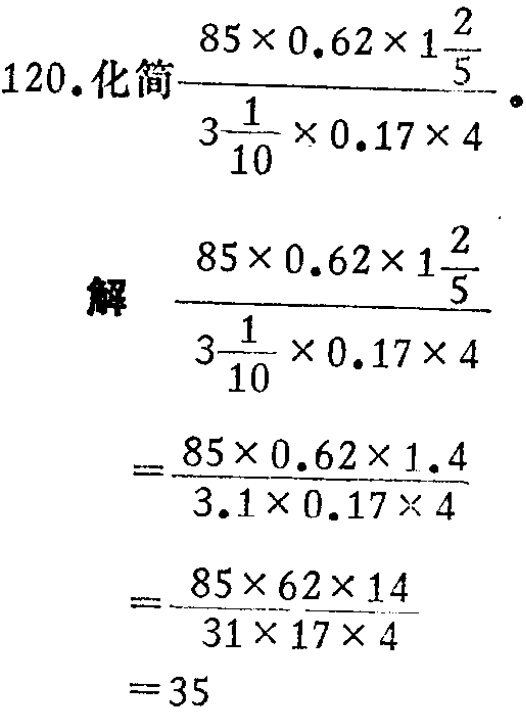
120.化简\(\frac{85\times0.62\times1\frac{2}{5}}{3\frac{1}{10}\times0.17\times4}\)。
解
\(\frac{85\times0.62\times1\frac{2}{5}}{3\frac{1}{10}\times0.17\times4}\)
\(=\frac{85\times0.62\times1.4}{3.1\times0.17\times4}\)
\(=\frac{85\times62\times14}{31\times17\times4}\)
\(=35\)